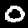
Digit: 0